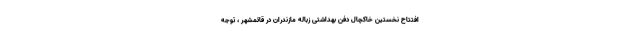
افتتاح نخستین خاکچال دفن بهداشتی زباله مازندران در قائمشهر ، توجه